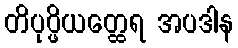
တိပုပ္ဖိယတ္ထေရ အပဒါန